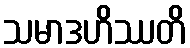
သမာဒဟိဿတိ